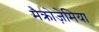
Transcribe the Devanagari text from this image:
मैक्रोज़ेमिया